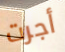
أجرت